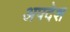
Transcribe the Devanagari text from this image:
अपदेश